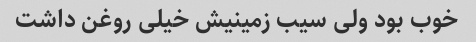
خوب بود ولی سیب زمینیش خیلی روغن داشت